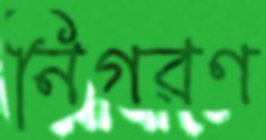
নিগরণ